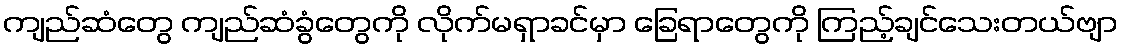
ကျည်ဆံတွေ ကျည်ဆံခွံတွေကို လိုက်မရှာခင်မှာ ခြေရာတွေကို ကြည့်ချင်သေးတယ်ဗျာ